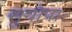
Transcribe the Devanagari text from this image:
सुगोपाः